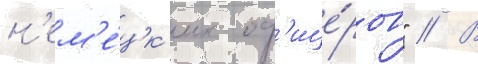
н'ем'е́цк'их оф'ице́ров" // В